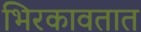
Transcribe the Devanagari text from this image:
भिरकावतात